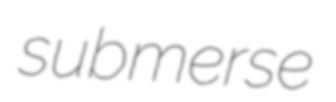
submerse